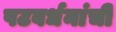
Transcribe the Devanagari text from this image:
पटवर्धनांची